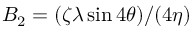
B _ { 2 } = ( \zeta \lambda \sin 4 \theta ) / ( 4 \eta )